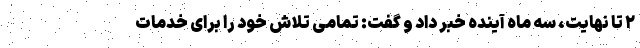
۲ تا نهایت، سه ماه آینده خبر داد و گفت: تمامی تلاش خود را برای خدمات